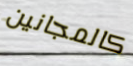
كالمجانين